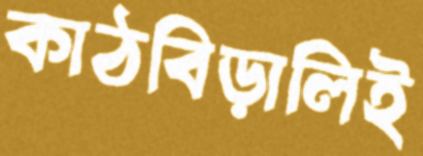
কাঠবিড়ালিই